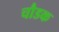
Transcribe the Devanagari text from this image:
चौडक